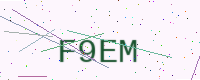
Text: F9EM